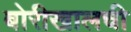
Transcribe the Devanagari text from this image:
बोरीखालची